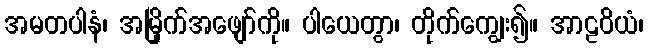
အမတပါနံ၊ အမြိုက်အဖျော်ကို။ ပါယေတွာ၊ တိုက်ကျွေး၍။ အာဠဝိယံ၊